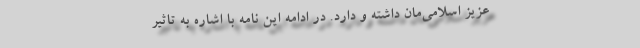
عزیز اسلامی‌مان داشته و دارد. در ادامه این نامه با اشاره به تاثیر